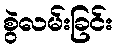
စွဲလမ်းခြင်း